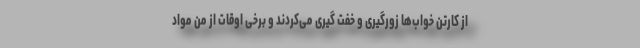
از کارتن خواب‌ها زورگیری و خفت گیری می‌کردند و برخی اوقات از من مواد